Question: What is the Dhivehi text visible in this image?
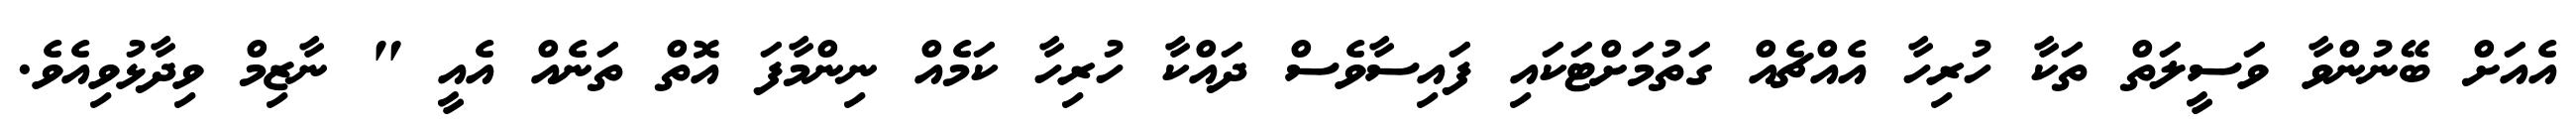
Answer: އެއަށް ބޭނުންވާ ވަސީލަތް ތަކާ ހުރިހާ އެއްޗެއް ގަތުމަށްޓަކައި ފައިސާވެސް ދައްކާ ހުރިހާ ކަމެއް ނިންމާފަ އޮތް ތަނެއް އެއީ " ނާޒިމް ވިދާޅުވިއެވެ.